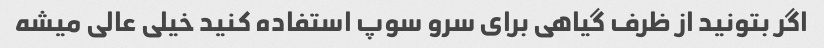
اگر بتونید از ظرف گیاهی برای سرو سوپ استفاده کنید خیلی عالی میشه